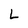
Character: L